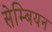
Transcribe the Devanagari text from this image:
सेम्बियन